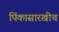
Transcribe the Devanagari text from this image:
पिंकासारखीच